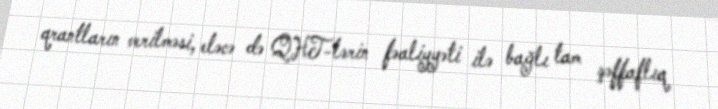
qrantların verilməsi, eləcə də QHT-lərin fəaliyyəti ilə bağlı tam şəffaflıq